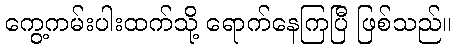
ကွေ့ကမ်းပါးထက်သို့ ရောက်နေကြပြီ ဖြစ်သည်။